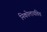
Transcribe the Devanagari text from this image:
निकोलायविच